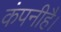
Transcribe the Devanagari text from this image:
कंपनीहै।